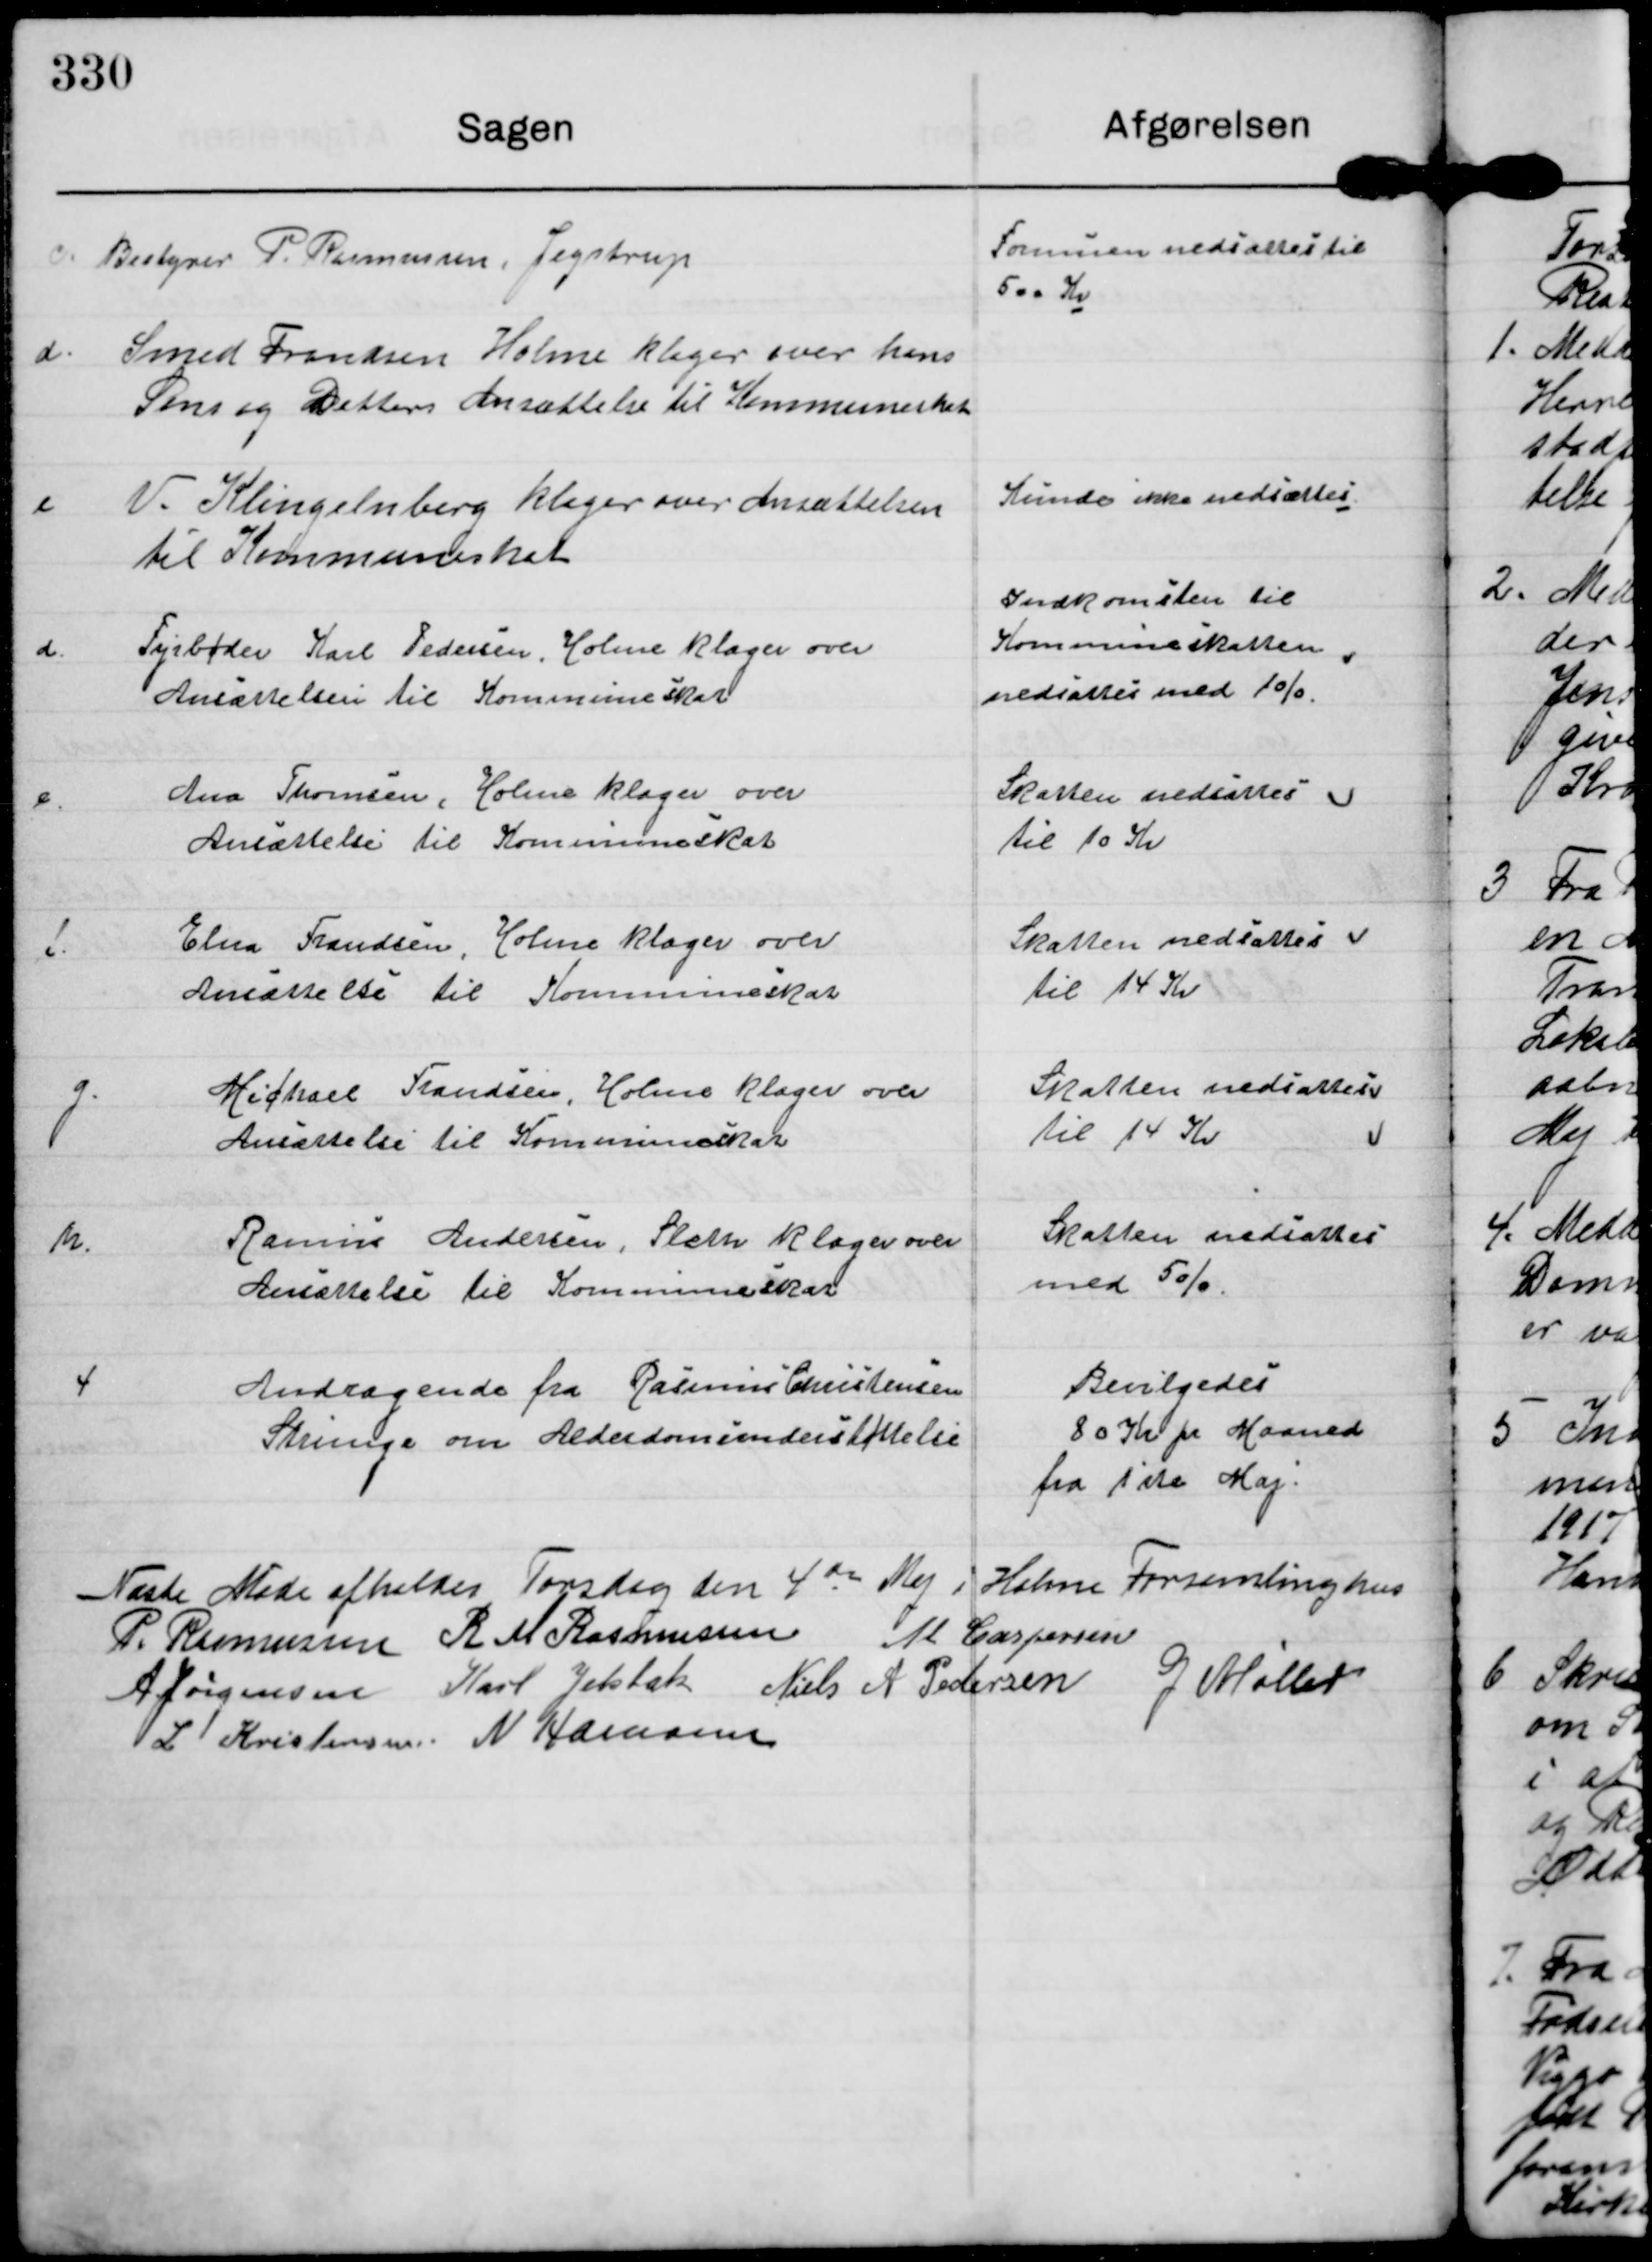
Transskription:
c. Bestyrer P. Rasmussen, Jegstrup

Formuen nedsættes til
500 Kr

d. Smed Frandsen Holme klager over hans
Søns og Datters Ansættelse til Kommuneskat

e.
V Klingelnberg klager over Ansættelsen
til Kommuneskat

Kunde ikke nedsættes

d.
Fyrbøder Karl Pedersen, Holme klager over
Ansættelsen til Kommuneskat

Indkomsten til
Kommuneskatten
nedsattes med 1%

e.
Ana Thomsen, Holme klager over
Ansættelse til Kommuneskat

Skatten nedsattes
til 10 Kr.

f.
Elna Frandsen, Holme klager over
Ansættelse til Kommuneskat

Skatten nedsattes
til 14 Kr

g.
Michael Frandsen, Holme klager over
Ansættelse til Kommuneskat

Skatten nedsattes
til 14 Kr

h.
Rasmus Andersen, Sleth klager over
Ansættelse til Kommuneskat

Skatten nedsattes
med 5%

4.
Andragende fra Rasmus Christensen
Strunge om Alderdomsunderstøttelse

Bevilgedes
80 Kr pr Maaned
fra 1ste Maj.

Næste Møde afholdes Torsdeg den 4 de Maj i Holme Forsamlinghus

P. Rasmussen R M Rasmussen M Caspersen
A Jørgensen Karl Jelsbak Niels A Pedersen G Møller
L Kristensen N Hamann